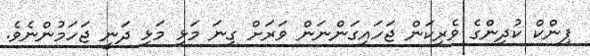
ޕިންކް ކުދިންގެ ވެރިކަން ޖަހައިގަންނަން ވަރަށް ގިނަ މަޅި މަޅި ދަނީ ޖަހަމުންނެވެ.